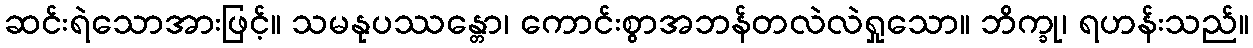
ဆင်းရဲသောအားဖြင့်။ သမနုပဿန္တော၊ ကောင်းစွာအဘန်တလဲလဲရှုသော။ ဘိက္ခု၊ ရဟန်းသည်။